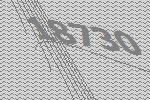
18730